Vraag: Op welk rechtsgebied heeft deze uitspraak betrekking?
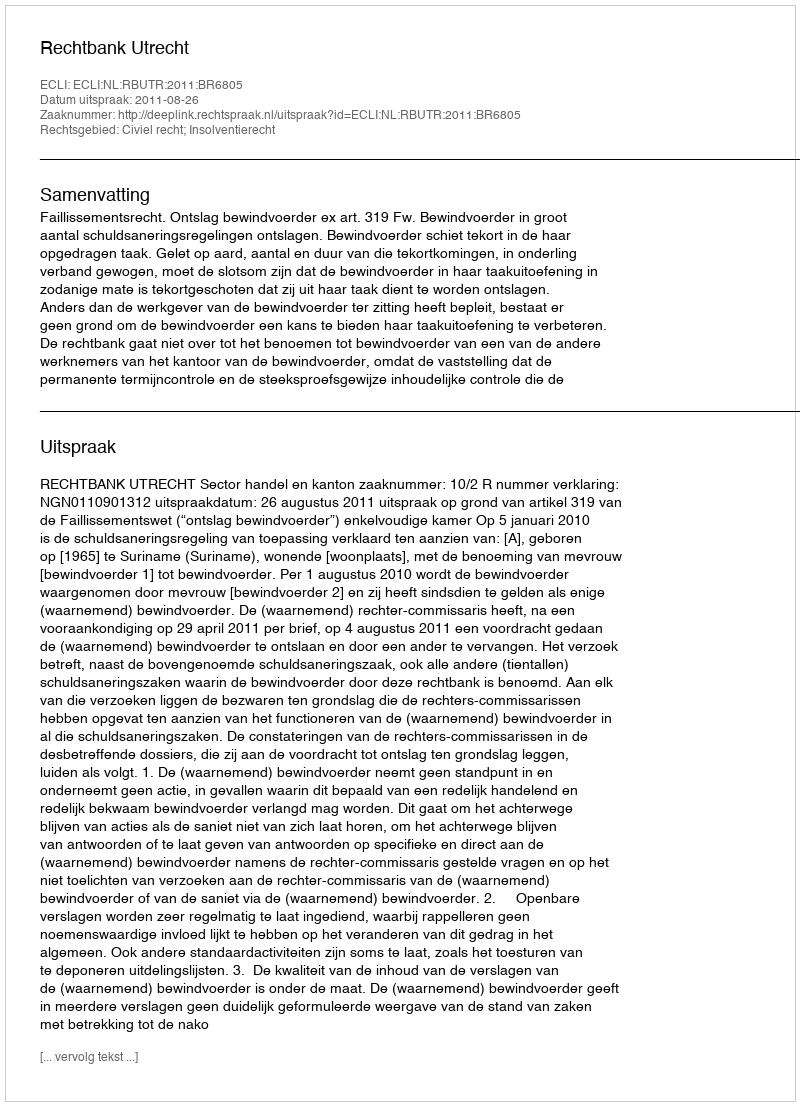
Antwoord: Civiel recht; Insolventierecht